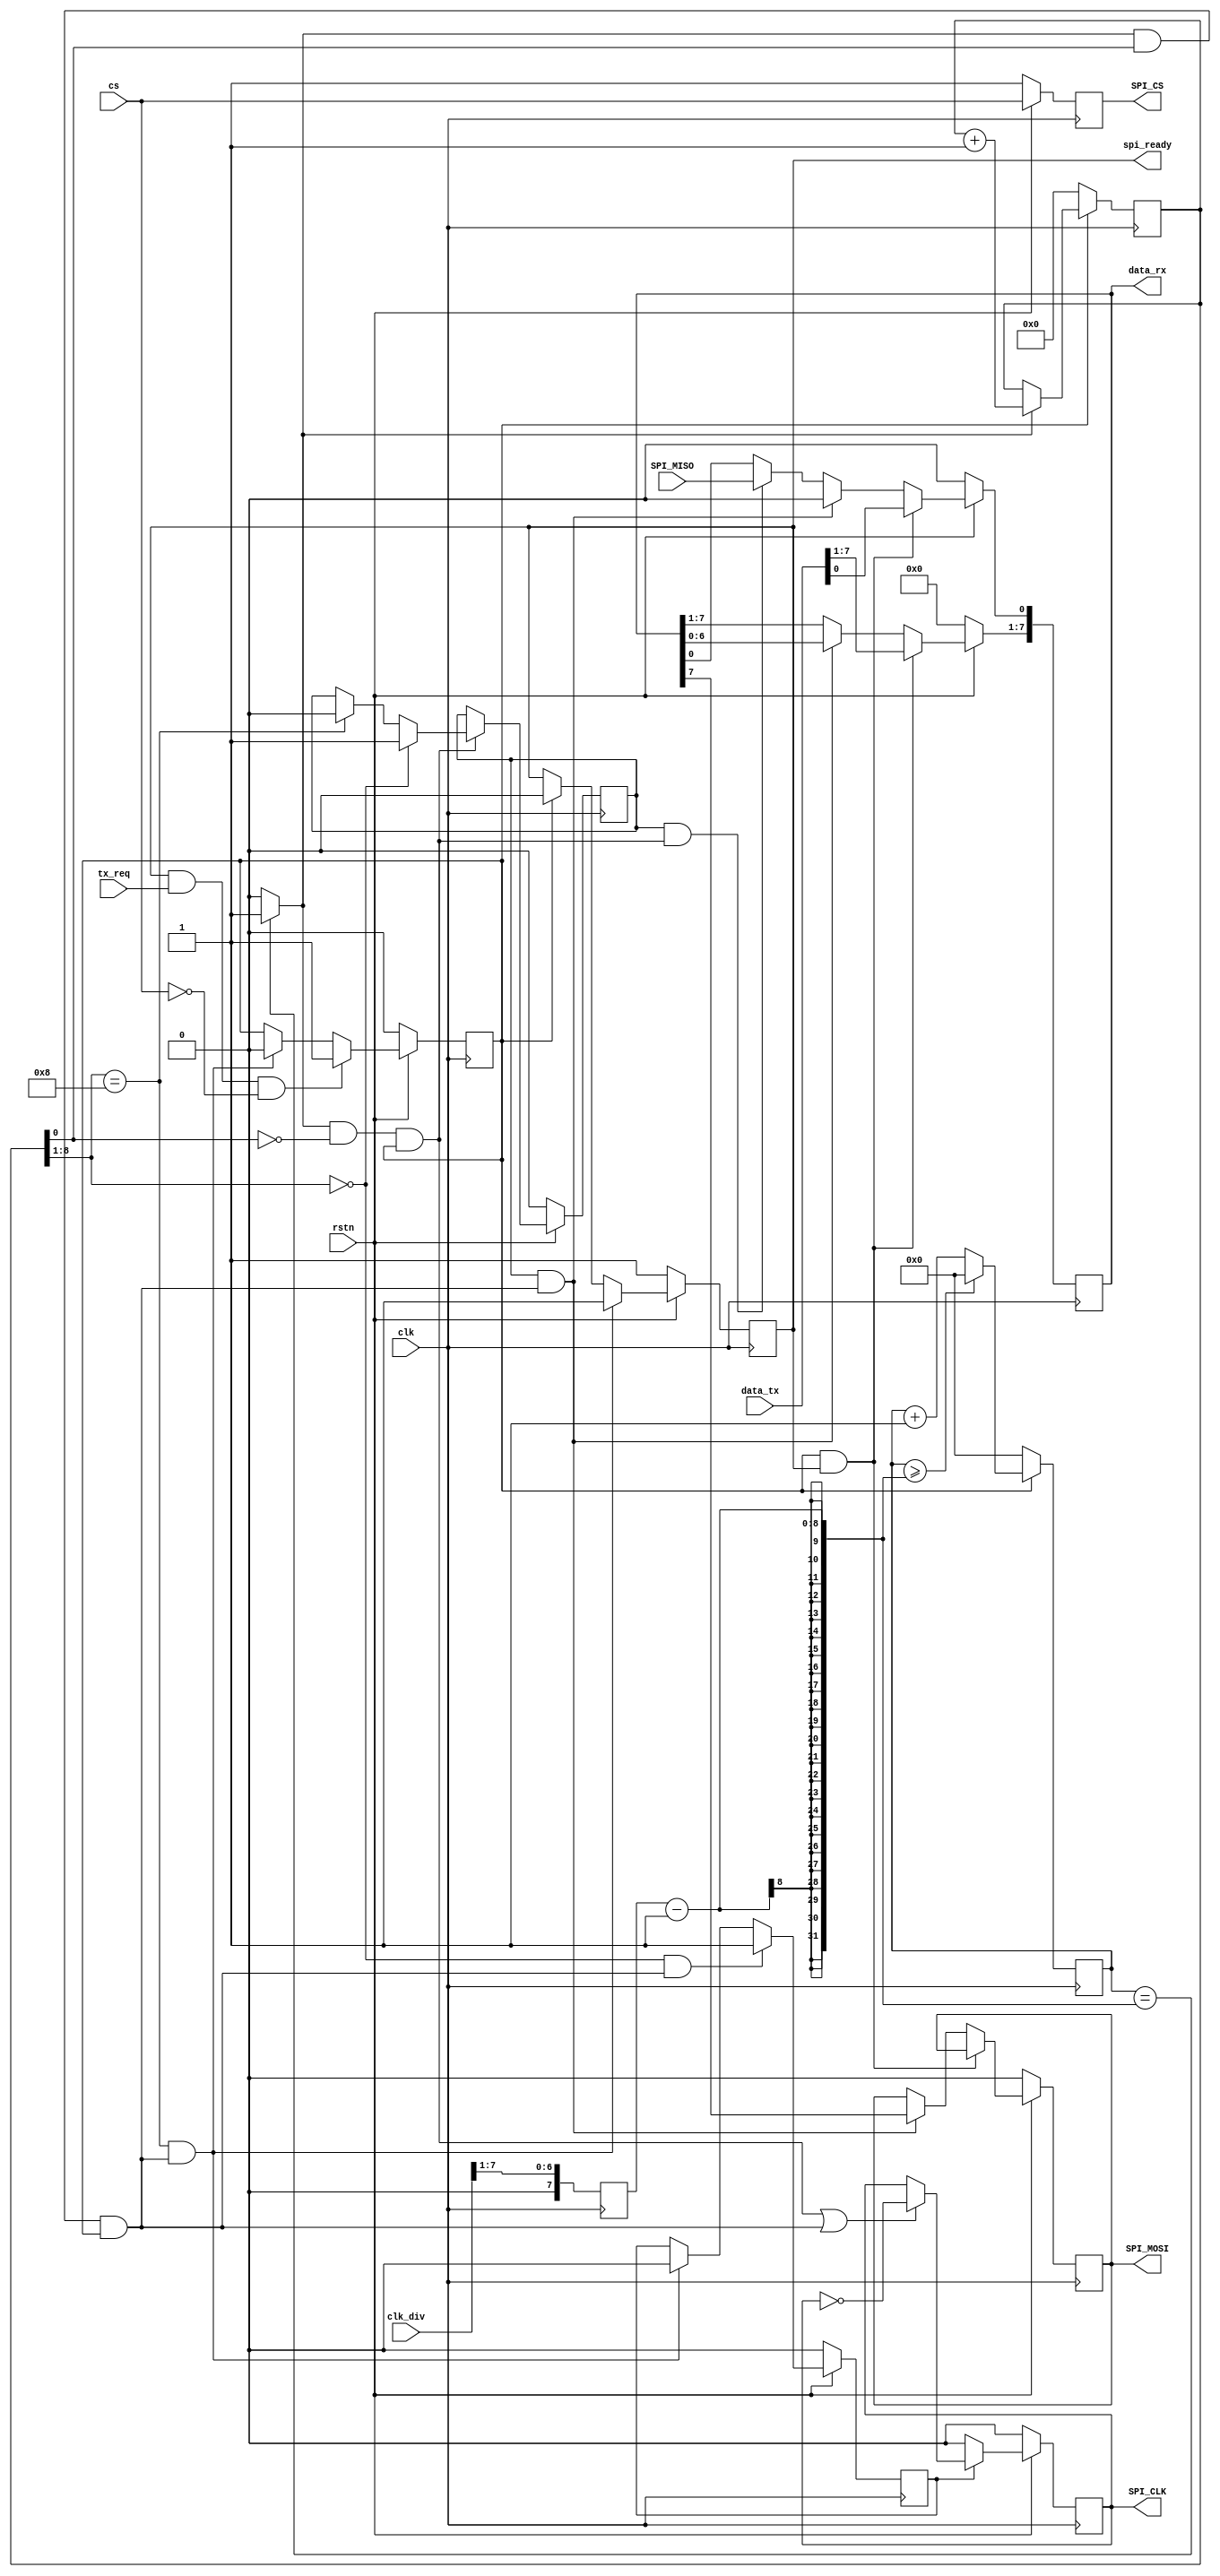
/****************************/
//:Wei Xuejing
//:2682152871@qq.com
//:spi
//:2022.10.08
/****************************/

module spi
#(
    parameter BIT = 8
)(
    input               clk             ,   //
    input               rstn            ,   //

    input   [7:0]       clk_div         ,   // 4~255
    input               cs              ,   //

    input               tx_req          ,   //
    input   [BIT-1: 0]  data_tx         ,   //
    output  [BIT-1: 0]  data_rx         ,   //
    output              spi_ready       ,   //SPI

    //SPI
    output  reg         SPI_CLK         ,
    output  reg         SPI_CS          ,
    output  reg         SPI_MOSI        ,
    input               SPI_MISO        
);


    //reg & wire 
    reg  [7:0] div_cnt      ;   //
    reg  [7:0] HALF_PERIOD_DIV;
    always@(posedge clk)begin
        HALF_PERIOD_DIV <= clk_div>>1;
    end

    wire half_bit_flag      ;
    wire bit_mid_flag       ;   //bit
    wire bit_tail_flag      ;   //bit

    reg  spi_ready_r        ;   //spi
    reg  tx_en              ;   //spi 
    wire spi_start          ;
    wire spi_end            ;
    assign spi_start = spi_ready_r & tx_req & ~cs;
    //
    always@(posedge clk)begin
        if(~rstn)
            tx_en<=1'b0;
        else begin
            if(spi_start)
                tx_en<=1'b1;
            else if(spi_end)
                tx_en <= 1'b0;
        end
    end

    always@(posedge clk)begin
        if(~rstn)
            spi_ready_r<=1'b1;
        else begin
            if(spi_end)
                spi_ready_r<=1'b1;
            else if(tx_en)
                spi_ready_r<=1'b0;
        end
    end
    //
    always @(posedge clk) begin
        if(tx_en==1'b1)begin
            if(div_cnt>=HALF_PERIOD_DIV-1)
                div_cnt<='d0;
            else
                div_cnt<=div_cnt+1'b1;
        end
        else
            div_cnt<='d0;
    end

    //
    assign half_bit_flag = (div_cnt==HALF_PERIOD_DIV-1)?1'b1:1'b0;

    //
    reg [BIT:0] half_bit_cnt ;
    always@(posedge clk)begin
        if(tx_en==1'b1)begin
            if(half_bit_flag==1'b1)
                half_bit_cnt<=half_bit_cnt+1'b1;
            else
                half_bit_cnt<=half_bit_cnt;
        end
        else
            half_bit_cnt<='d0;
    end

    //
    assign bit_mid_flag  = half_bit_flag & (half_bit_cnt[0]==1'b0) & (tx_en==1'b1);
    assign bit_tail_flag = half_bit_flag & (half_bit_cnt[0]==1'b1) & (tx_en==1'b1);

    //
    reg shift_en;
    always@(posedge clk)begin
        if(~rstn)
            shift_en<=0;
        else if(bit_mid_flag)begin
            if(half_bit_cnt[BIT:1]==0)
                shift_en <=1'b1;
            else if(half_bit_cnt[BIT:1]==BIT)
                shift_en <=1'b0;
        end
    end

    //CS
    always@(posedge clk)begin
        if(!rstn)
            SPI_CS<=1'b1;
        else
            SPI_CS<=cs;
    end

    //,
    // reg [BIT-1:0]  data_tx_r ;
    // always@(posedge clk)begin
    //     if(~rstn)
    //         data_tx_r<='d0;
    //     else
    //         data_tx_r<=data_tx;
    // end
    wire shift_load;
    reg [BIT-1:0] shift_reg;
    assign shift_load = tx_en & spi_ready_r;
    always @(posedge clk) begin
        if(~rstn)begin
            shift_reg<={BIT{1'b0}};
            SPI_MOSI<=1'b0;
        end
        else begin
            if(shift_load==1'b1)
                shift_reg<=data_tx;
            else begin
                if(shift_en==1'b1 && bit_tail_flag==1'b1)begin
                    SPI_MOSI<=shift_reg[BIT-1];
                    shift_reg<=shift_reg<<1;
                end
                else if(shift_en==1'b1 && bit_mid_flag==1'b1)
                    shift_reg[0]<=SPI_MISO;
            end
        end
    end

    //SPI_CLK
    reg spi_clk_en;
    always@(posedge clk)begin
        if(~rstn)
            spi_clk_en<=0;
        else begin
            if(half_bit_cnt[BIT:1]==0 && bit_tail_flag==1'b1)
                spi_clk_en<=1'b1;
            else if(half_bit_cnt[BIT:1]==BIT && bit_tail_flag==1'b1)
                spi_clk_en<=1'b0;
        end
    end

    always@(posedge clk)begin
        if(~rstn)
            SPI_CLK<=0;
        else if(spi_clk_en)begin
            if(bit_mid_flag||bit_tail_flag)
                SPI_CLK<=~SPI_CLK;
        end
        else
            SPI_CLK<=0;
    end

    //
    assign spi_end = half_bit_cnt[BIT:1]==BIT && bit_tail_flag;

    //
    assign data_rx = shift_reg ;
    assign spi_ready = spi_ready_r;
endmodule